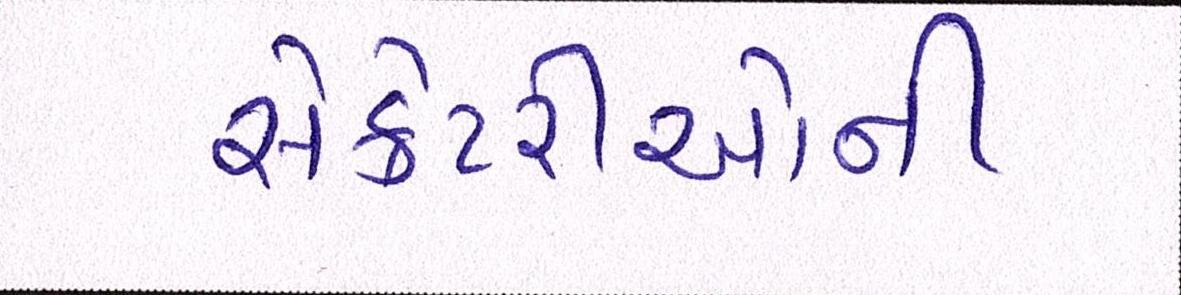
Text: સેક્રેટરીઓની